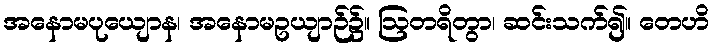
အနောမပုယျောန၊ အနောမဥယျာဉ်၌။ ဩတရိတွာ၊ ဆင်းသက်၍။ တေဟိ